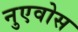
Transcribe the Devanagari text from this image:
नुएवोस